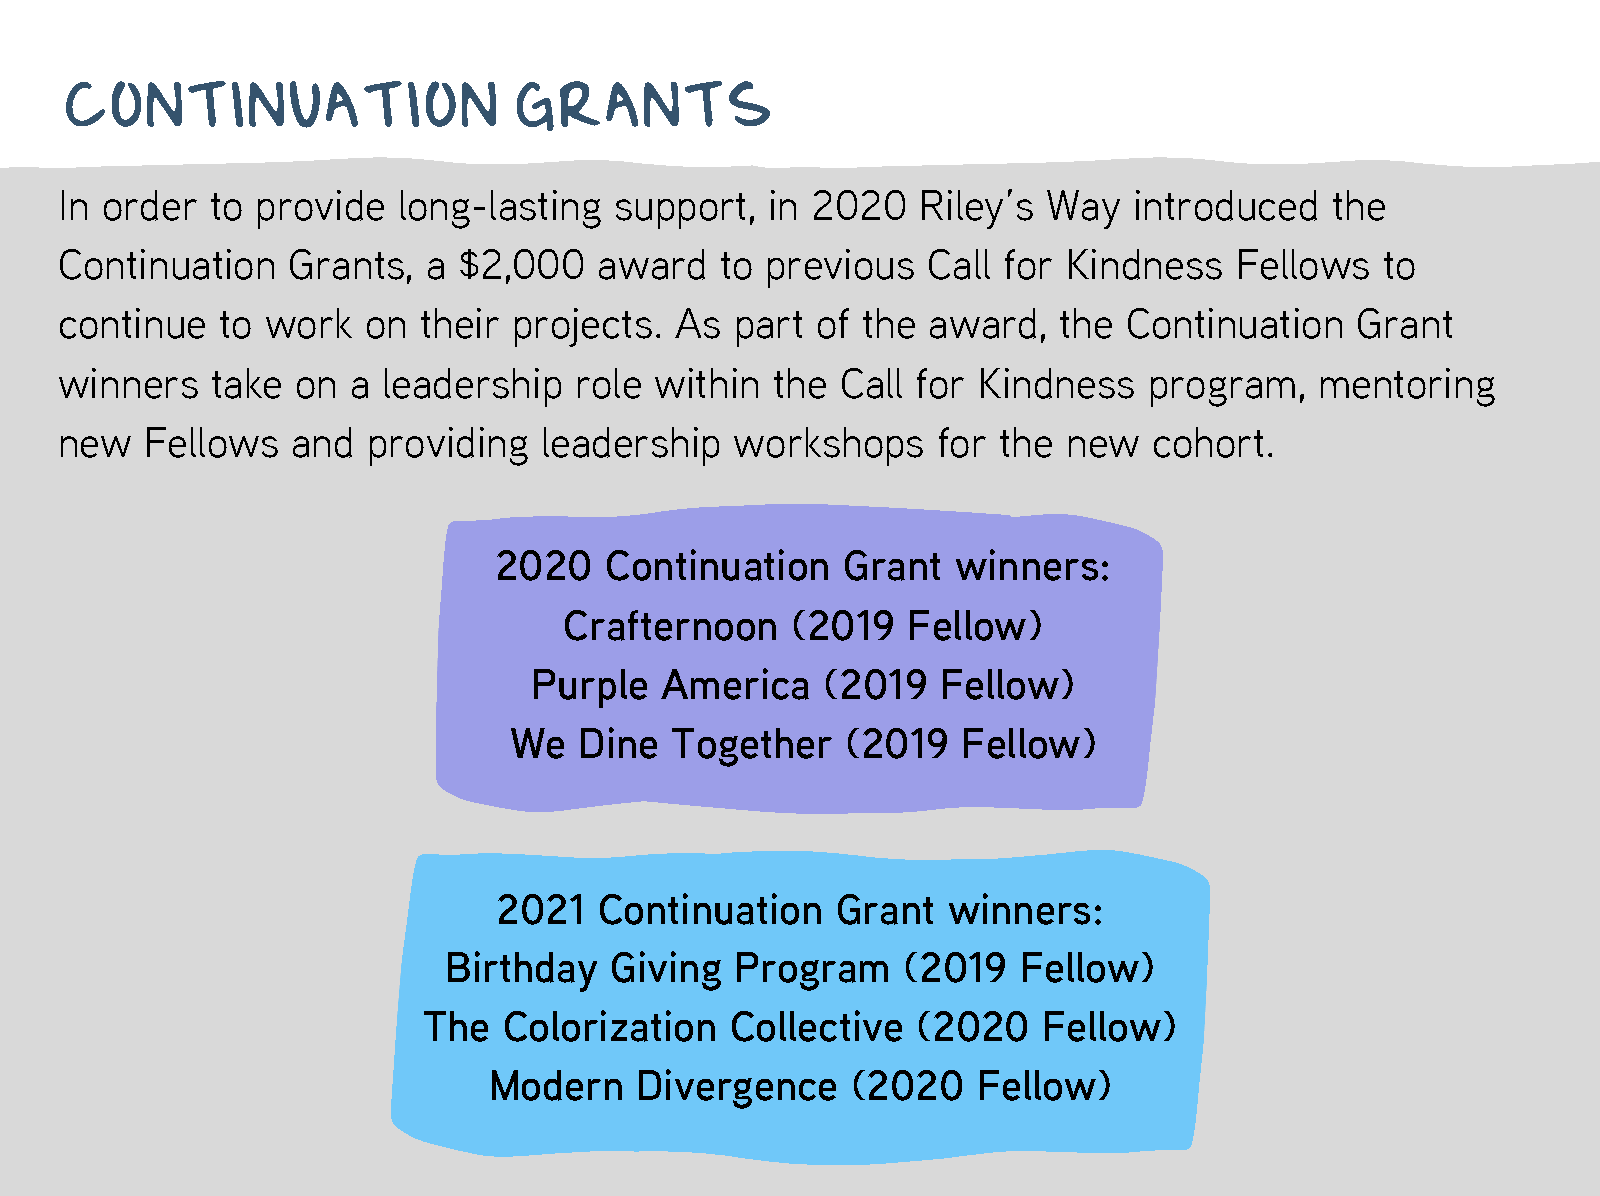
CONTINUATION                  GRANTS
 In order  to provide  long-lasting   support,  in 2020   Riley’s Way   introduced   the
 Continuation   Grants,  a $2,000    award   to previous  Call for  Kindness   Fellows   to
 continue  to  work  on  their projects.  As  part of the award,   the  Continuation   Grant
 winners   take  on a leadership   role within  the  Call for Kindness   program,   mentoring
 new   Fellows  and  providing   leadership   workshops    for the  new  cohort.
 2020   Continuation    Grant  winners:
 Crafternoon    (2019   Fellow)
 Purple   America    (2019  Fellow)
 We  Dine  Together    (2019   Fellow)
 2021   Continuation   Grant   winners:
 Birthday   Giving   Program    (2019   Fellow)
 The  Colorization   Collective   (2020   Fellow)
 Modern    Divergence    (2020    Fellow)